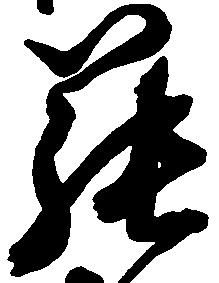
罷